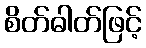
စိတ်ဓါတ်ဖြင့်